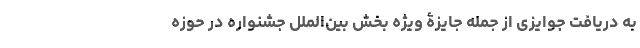
به دریافت جوایزی از جمله جایزۀ ویژه بخش بین‌الملل جشنواره در حوزه